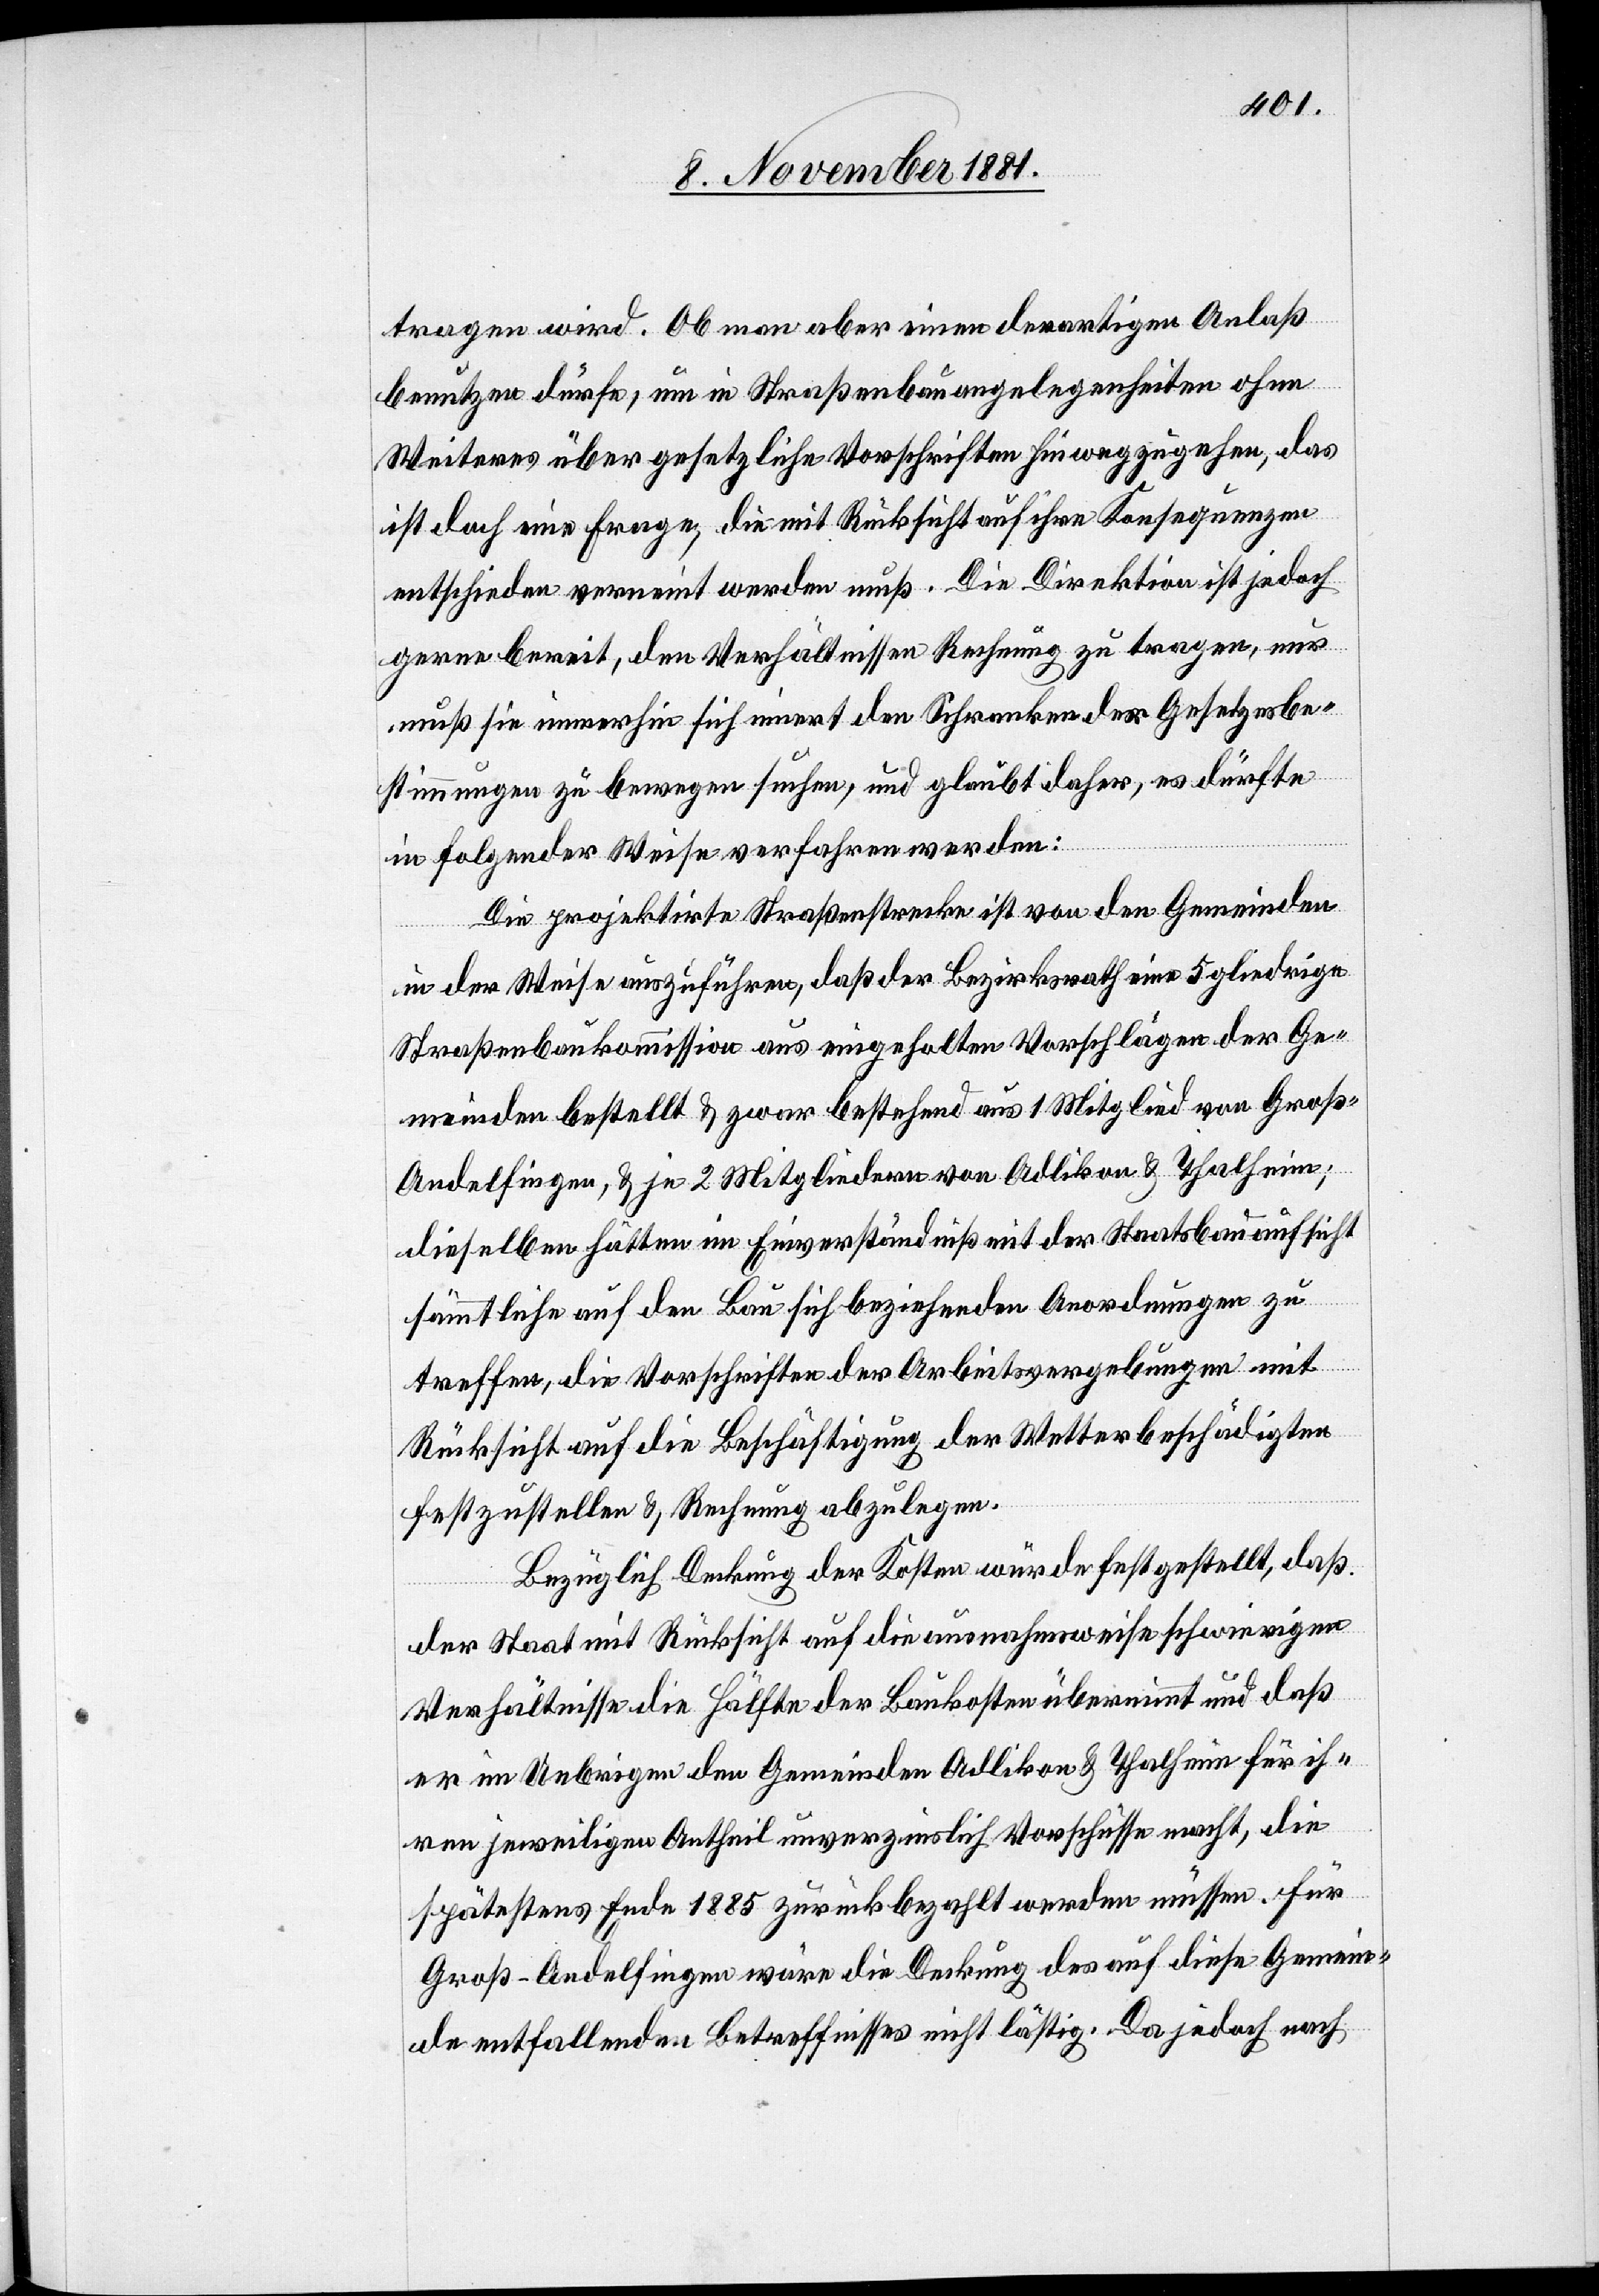
tragen wird. Ob man aber einen derartigen Anlaß
benutzen dürfe, um in Straßenbauangelegenheiten ohne
Weiteres über gesetzliche Vorschriften hinwegzugehen, daß
ist doch eine Frage, die mit Rücksicht auf ihre Konsequenzen
entschieden verneint werden muß. Die Direktion ist jedoch
gerne bereit, den Verhältnissen Rechnung zu tragen, nur
muß sie immerhin sich innert den Schranken der Gesetzesbe¬
stimmungen zu bewegen suchen, und glaubt daher, es dürfte
in folgender Weise verfahren werden:
Die projektirte Straßenstrecke ist von den Gemeinden
in der Weise auszuführen, daß der Bezirksrath eine 5 gliedrige
Straßenbaukommission aus eingeholten Vorschlägen der Ge¬
meinden bestellt & zwar bestehend aus 1 Mitglied von Groß-A¬
ndelfingen, & je 2 Mitgliedern von Adlikon & Thalheim;
dieselben hätten im Einverständniß mit der Staatsbauaufsicht
sämmtliche auf den Bau sich beziehenden Anordnungen zu
treffen, die Vorschriften der Arbeitsvergebungen mit
Rücksicht auf die Beschäftigung der Wetterbeschädigten
festzustellen & Rechnung abzulegen.
Bezüglich Deckung der Kosten wurde festgestellt, daß
der Staat mit Rücksicht auf die ausnahmsweise schwierigen
Verhältnisse die Hälfte der Baukosten übernimmt und daß
er im Uebrigen den Gemeinden Adlikon & Thalheim für ih¬
ren jeweiligen Antheil unverzinslich Vorschüsse macht, die
spätestens Ende 1885 zurückbezahlt werden müssen. Für
Groß-Andelfingen wäre die Deckung des auf diese Gemein¬
de entfallenden Betreffnisses nicht lästig. Da jedoch nach